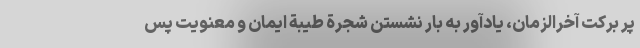
پر برکت آخرالزمان، یادآور به بار نشستن شجرة طیبة ایمان و معنویت پس